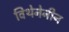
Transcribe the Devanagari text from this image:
विथेनेनीन